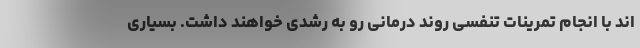
اند با انجام تمرینات تنفسی روند درمانی رو به رشدی خواهند داشت. بسیاری